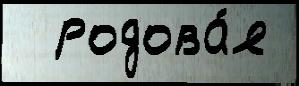
  родова́я